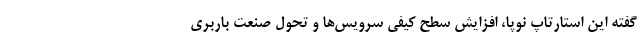
گفته این استارتاپ نوپا، افزایش سطح کیفی سرویس‌ها و تحول صنعت باربری